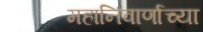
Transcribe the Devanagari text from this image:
महानिवार्णाच्या